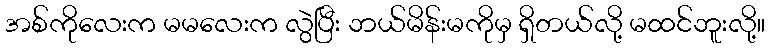
အစ်ကိုလေးက မမလေးက လွဲပြီး ဘယ်မိန်းမကိုမှ ရှိတယ်လို့ မထင်ဘူးလို့။